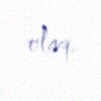
olaq.